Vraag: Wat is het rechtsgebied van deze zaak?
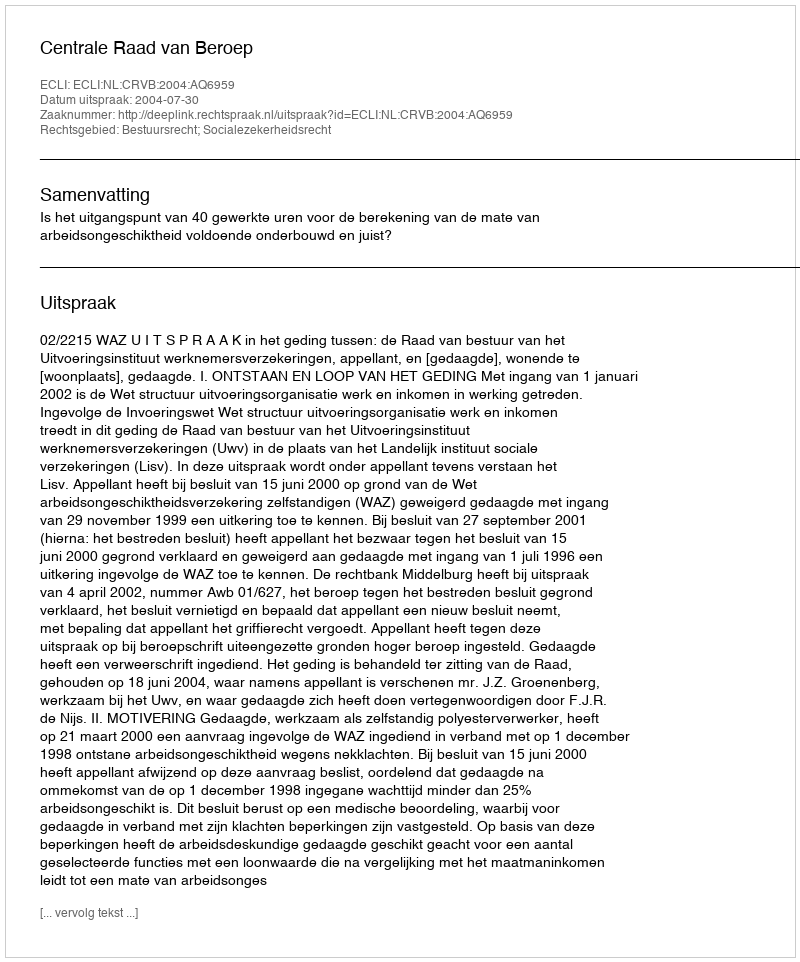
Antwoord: Bestuursrecht; Socialezekerheidsrecht